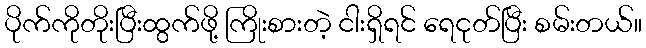
ပိုက်ကိုတိုးပြီးထွက်ဖို့ ကြိုးစားတဲ့ ငါးရှိရင် ရေငုတ်ပြီး စမ်းတယ်။